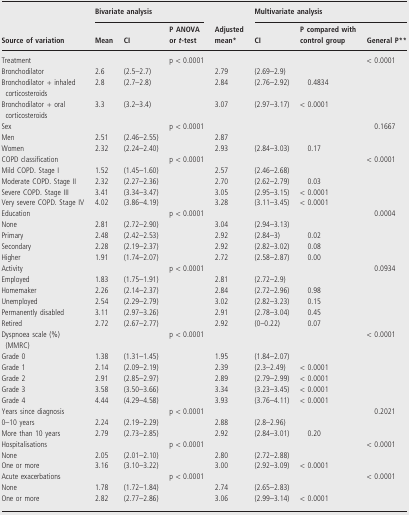
<table><thead><tr><td></td><td colspan="3"><b>Bivariate analysis</b></td><td></td><td colspan="3"><b>Multivariate analysis</b></td></tr><tr><td><b>Source of variation</b></td><td><b>Mean</b></td><td><b>CI</b></td><td><b>P ANOVA or <i>t</i>-test</b></td><td><b>Adjusted mean*</b></td><td><b>CI</b></td><td><b>P compared with control group</b></td><td><b>General P**</b></td></tr></thead><tbody><tr><td>Treatment</td><td></td><td></td><td>p &lt; 0.0001</td><td></td><td></td><td></td><td>&lt; 0.0001</td></tr><tr><td>Bronchodilator</td><td>2.6</td><td>(2.5–2.7)</td><td></td><td>2.79</td><td>(2.69–2.9)</td><td></td><td></td></tr><tr><td>Bronchodilator + inhaled corticosteroids</td><td>2.8</td><td>(2.7–2.8)</td><td></td><td>2.84</td><td>(2.76–2.92)</td><td>0.4834</td><td></td></tr><tr><td>Bronchodilator + oral corticosteroids</td><td>3.3</td><td>(3.2–3.4)</td><td></td><td>3.07</td><td>(2.97–3.17)</td><td>&lt; 0.0001</td><td></td></tr><tr><td>Sex</td><td></td><td></td><td>p &lt; 0.0001</td><td></td><td></td><td></td><td>0.1667</td></tr><tr><td>Men</td><td>2.51</td><td>(2.46–2.55)</td><td></td><td>2.87</td><td></td><td></td><td></td></tr><tr><td>Women</td><td>2.32</td><td>(2.24–2.40)</td><td></td><td>2.93</td><td>(2.84–3.03)</td><td>0.17</td><td></td></tr><tr><td>COPD classification</td><td></td><td></td><td>p &lt; 0.0001</td><td></td><td></td><td></td><td>&lt; 0.0001</td></tr><tr><td>Mild COPD. Stage I</td><td>1.52</td><td>(1.45–1.60)</td><td></td><td>2.57</td><td>(2.46–2.68)</td><td></td><td></td></tr><tr><td>Moderate COPD. Stage II</td><td>2.32</td><td>(2.27–2.36)</td><td></td><td>2.70</td><td>(2.62–2.79)</td><td>0.03</td><td></td></tr><tr><td>Severe COPD. Stage III</td><td>3.41</td><td>(3.34–3.47)</td><td></td><td>3.05</td><td>(2.95–3.15)</td><td>&lt; 0.0001</td><td></td></tr><tr><td>Very severe COPD. Stage IV</td><td>4.02</td><td>(3.86–4.19)</td><td></td><td>3.28</td><td>(3.11–3.45)</td><td>&lt; 0.0001</td><td></td></tr><tr><td>Education</td><td></td><td></td><td>p &lt; 0.0001</td><td></td><td></td><td></td><td>0.0004</td></tr><tr><td>None</td><td>2.81</td><td>(2.72–2.90)</td><td></td><td>3.04</td><td>(2.94–3.13)</td><td></td><td></td></tr><tr><td>Primary</td><td>2.48</td><td>(2.42–2.53)</td><td></td><td>2.92</td><td>(2.84–3)</td><td>0.02</td><td></td></tr><tr><td>Secondary</td><td>2.28</td><td>(2.19–2.37)</td><td></td><td>2.92</td><td>(2.82–3.02)</td><td>0.08</td><td></td></tr><tr><td>Higher</td><td>1.91</td><td>(1.74–2.07)</td><td></td><td>2.72</td><td>(2.58–2.87)</td><td>0.00</td><td></td></tr><tr><td>Activity</td><td></td><td></td><td>p &lt; 0.0001</td><td></td><td></td><td></td><td>0.0934</td></tr><tr><td>Employed</td><td>1.83</td><td>(1.75–1.91)</td><td></td><td>2.81</td><td>(2.72–2.9)</td><td></td><td></td></tr><tr><td>Homemaker</td><td>2.26</td><td>(2.14–2.37)</td><td></td><td>2.84</td><td>(2.72–2.96)</td><td>0.98</td><td></td></tr><tr><td>Unemployed</td><td>2.54</td><td>(2.29–2.79)</td><td></td><td>3.02</td><td>(2.82–3.23)</td><td>0.15</td><td></td></tr><tr><td>Permanently disabled</td><td>3.11</td><td>(2.97–3.26)</td><td></td><td>2.91</td><td>(2.78–3.04)</td><td>0.45</td><td></td></tr><tr><td>Retired</td><td>2.72</td><td>(2.67–2.77)</td><td></td><td>2.92</td><td>(0–0.22)</td><td>0.07</td><td></td></tr><tr><td>Dyspnoea scale (%) (MMRC)</td><td></td><td></td><td>p &lt; 0.0001</td><td></td><td></td><td></td><td>&lt; 0.0001</td></tr><tr><td>Grade 0</td><td>1.38</td><td>(1.31–1.45)</td><td></td><td>1.95</td><td>(1.84–2.07)</td><td></td><td></td></tr><tr><td>Grade 1</td><td>2.14</td><td>(2.09–2.19)</td><td></td><td>2.39</td><td>(2.3–2.49)</td><td>&lt; 0.0001</td><td></td></tr><tr><td>Grade 2</td><td>2.91</td><td>(2.85–2.97)</td><td></td><td>2.89</td><td>(2.79–2.99)</td><td>&lt; 0.0001</td><td></td></tr><tr><td>Grade 3</td><td>3.58</td><td>(3.50–3.66)</td><td></td><td>3.34</td><td>(3.23–3.45)</td><td>&lt; 0.0001</td><td></td></tr><tr><td>Grade 4</td><td>4.44</td><td>(4.29–4.58)</td><td></td><td>3.93</td><td>(3.76–4.11)</td><td>&lt; 0.0001</td><td></td></tr><tr><td>Years since diagnosis</td><td></td><td></td><td>p &lt; 0.0001</td><td></td><td></td><td></td><td>0.2021</td></tr><tr><td>0–10 years</td><td>2.24</td><td>(2.19–2.29)</td><td></td><td>2.88</td><td>(2.8–2.96)</td><td></td><td></td></tr><tr><td>More than 10 years</td><td>2.79</td><td>(2.73–2.85)</td><td></td><td>2.92</td><td>(2.84–3.01)</td><td>0.20</td><td></td></tr><tr><td>Hospitalisations</td><td></td><td></td><td>p &lt; 0.0001</td><td></td><td></td><td></td><td>&lt; 0.0001</td></tr><tr><td>None</td><td>2.05</td><td>(2.01–2.10)</td><td></td><td>2.80</td><td>(2.72–2.88)</td><td></td><td></td></tr><tr><td>One or more</td><td>3.16</td><td>(3.10–3.22)</td><td></td><td>3.00</td><td>(2.92–3.09)</td><td>&lt; 0.0001</td><td></td></tr><tr><td>Acute exacerbations</td><td></td><td></td><td>p &lt; 0.0001</td><td></td><td></td><td></td><td>&lt; 0.0001</td></tr><tr><td>None</td><td>1.78</td><td>(1.72–1.84)</td><td></td><td>2.74</td><td>(2.65–2.83)</td><td></td><td></td></tr><tr><td>One or more</td><td>2.82</td><td>(2.77–2.86)</td><td></td><td>3.06</td><td>(2.99–3.14)</td><td>&lt; 0.0001</td><td></td></tr></tbody></table>